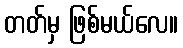
တတ်မှ ဖြစ်မယ်လေ။